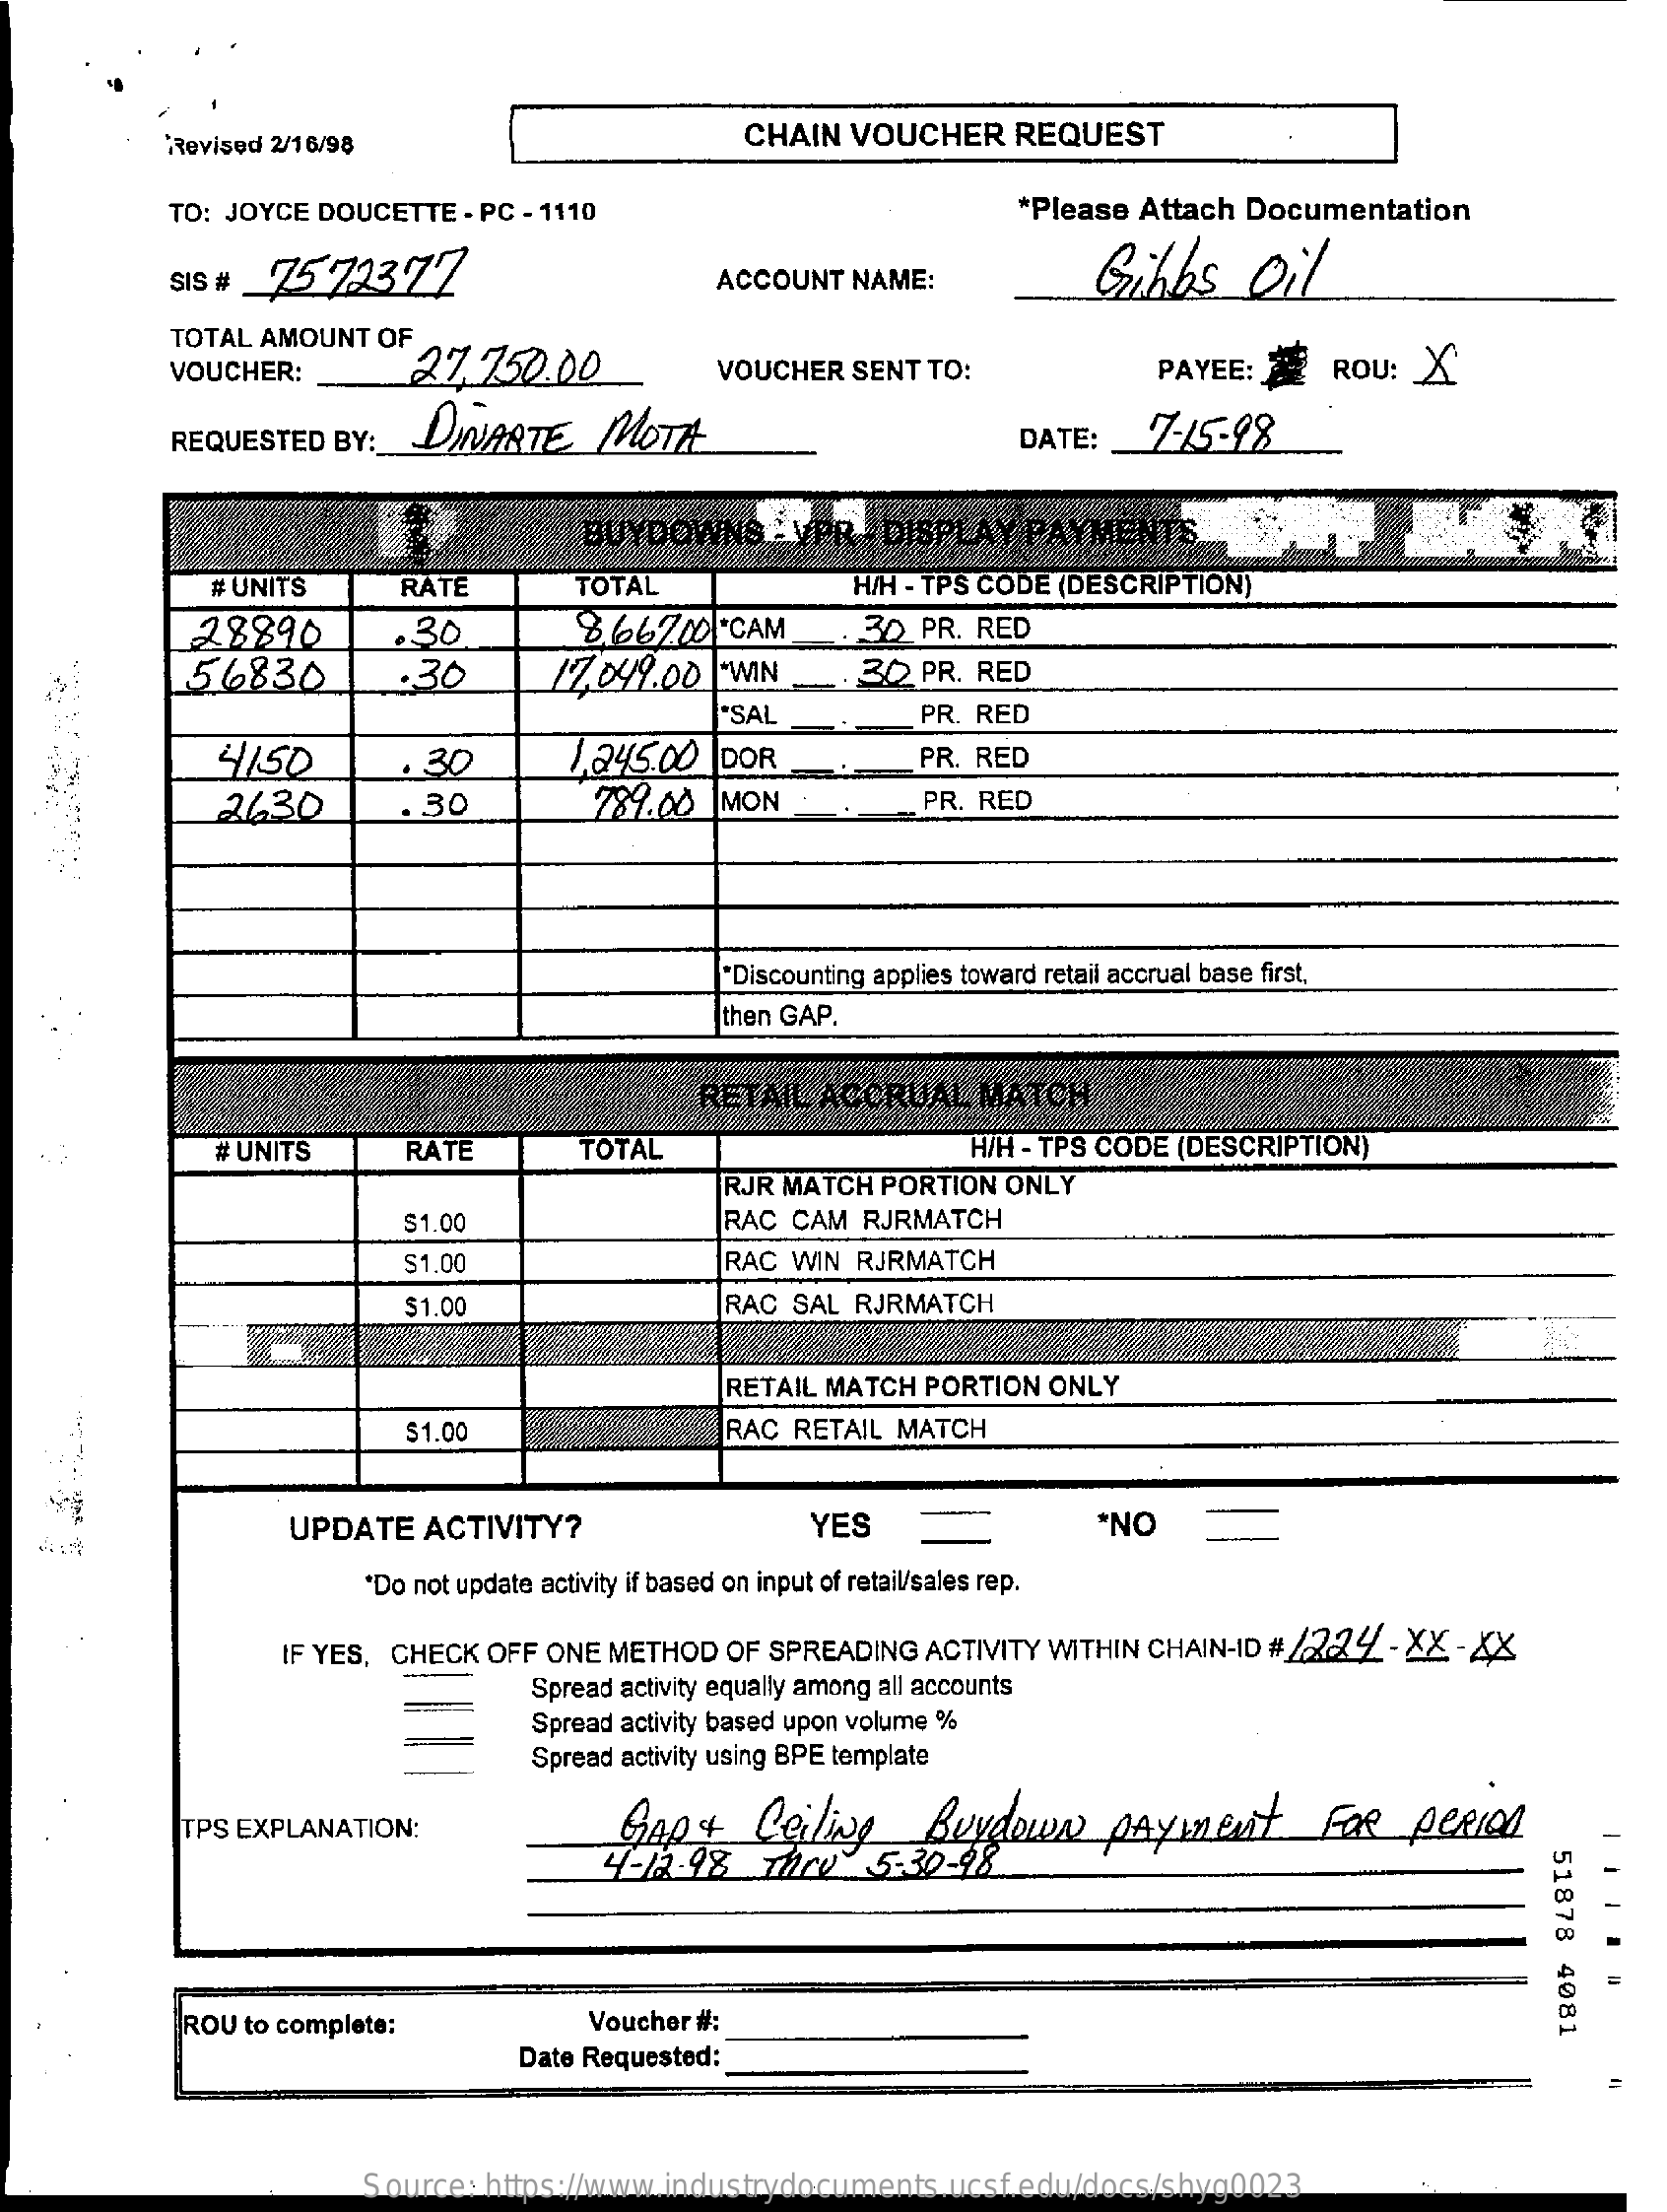
Revised 2/16/98    CHAIN VOUCHER REQUEST
     TO: JOYCE DOUCETTE - PC - 1110    *Please Attach Documentation
     SIS # 75 72377    ACCOUNT NAME:    Gibbs   Oil
     TOTAL AMOUNT OF
     VOUCHER:    27.750.00    VOUCHER SENT TO:    PAYEE: 2 ROU: X
     REQUESTED BY: DINARTE MOTA    DATE:  7-15-98
     BUYDOWNS-VAR   - DISPLAY PAYMENTS
     # UNITS   RATE    TOTAL    H/H - TPS CODE (DESCRIPTION)
     28890    .30    866200'CAM    30 PR. RED
     56830    .30    17.049.00 -WIN   30 PR. RED
     *SAL    PR. RED
     4150    . 30    1.245.00 DOR    PR. RED
     2430    . 30    789.00 MON    PR. RED
     "Discounting applies toward retail accrual base first,
     then GAP.
     RETAIL ACCRUAL MATCH
     # UNITS   RATE    TOTAL    H/H - TPS CODE (DESCRIPTION)
     RJR MATCH PORTION ONLY
     $1.00    RAC CAM RJRMATCH
     $1.00    RAC WIN RJRMATCH
     $1.00    RAC SAL RJRMATCH
     RETAIL MATCH PORTION ONLY
     $1.00    RAC RETAIL MATCH
     UPDATE ACTIVITY?    YES    "NO
     *Do not update activity if based on input of retail/sales rep.
     IF YES, CHECK OFF ONE METHOD OF SPREADING ACTIVITY WITHIN CHAIN-ID #/224 - XX - XX
     Spread activity equally among all accounts
     Spread activity based upon volume %
     Spread activity using BPE template
     TPS EXPLANATION:    GAP +  Ceiling  Buydown   payment    FOR  period
     4-12.98 Thrv   5:30-98
     51878
     4081
     ROU to complete:    Voucher #:
     Date Requested:
     Source: https://www.industrydocuments.ucsf.edu/docs/shyg0023